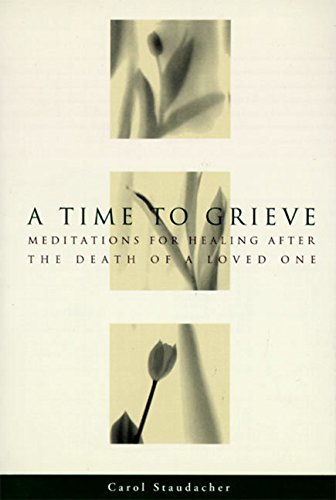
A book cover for A Time to Grieve: Meditations for Healing After the Death of a Loved One; Carol Staudacher; Self-Help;